Indian journal of veterinary science and animal husbandry - Volumes 18-21, 1948-1951
Year: 1948
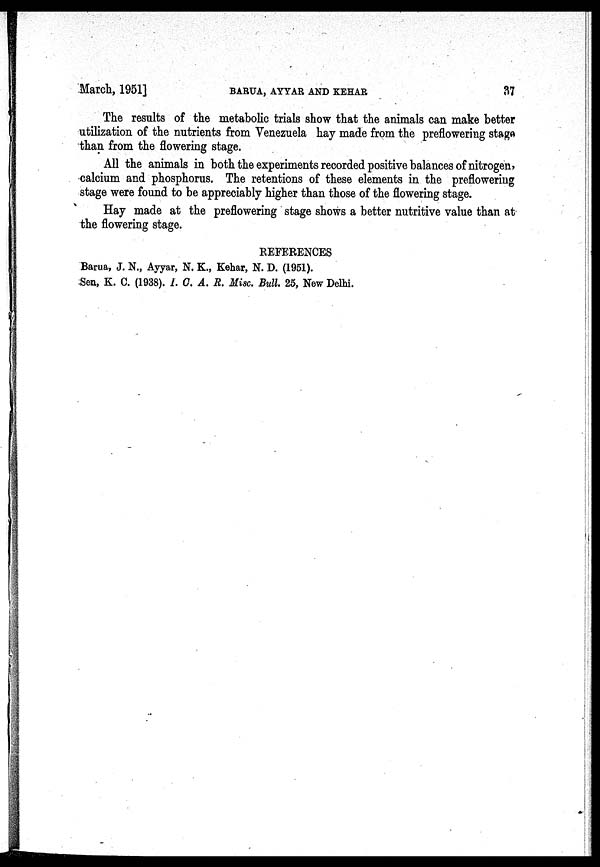
March, 1951]
BARUA,
AYYAR
AND
KEHAR
37
The results of the metabolic trials show that the animals can make better
utilization of the nutrients from Venezuela hay made from the preflowering stage
than from the flowering stage.
All the animals in both the experiments recorded positive balances of nitrogen,
calcium and phosphorus. The retentions of these elements in the preflowering
stage were found to be appreciably higher than those of the flowering stage.
Hay made at the preflowering stage shows a better nutritive value than at
the flowering stage.
REFERENCES
Barua, J. N., Ayyar, N. K., Kehar, N. D. (1951).
Sen, K. C. (1938). I. C. A. R. Misc. Bull. 25, New Delhi.